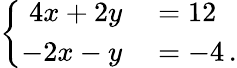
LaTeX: \left\{ \begin{array}{ll}{{\begin{array}{rl}{4x+2y}&{{}=12}\\ {-2x-y}&{{}=-4\, .}\end{array}}}\end{array}\right.